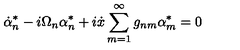
\dot { \alpha } _ { n } ^ { * } - i \Omega _ { n } \alpha _ { n } ^ { * } + i \dot { x } \sum _ { m = 1 } ^ { \infty } g _ { n m } \alpha _ { m } ^ { * } = 0